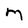
Character: M